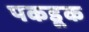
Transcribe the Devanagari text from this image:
पकडूक